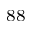
^ { 8 8 }